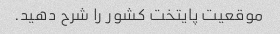
موقعیت پایتخت کشور را شرح دهید.